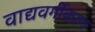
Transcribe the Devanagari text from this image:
वाद्यवर्गीकरण